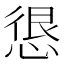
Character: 𭝮